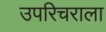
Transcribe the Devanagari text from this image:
उपरिचराला